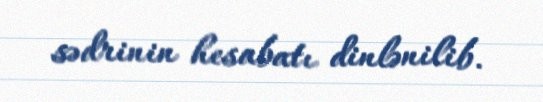
sədrinin hesabatı dinlənilib.